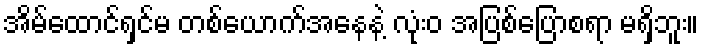
အိမ်ထောင်ရှင်မ တစ်ယောက်အနေနဲ့ လုံးဝ အပြစ်ပြောစရာ မရှိဘူး။